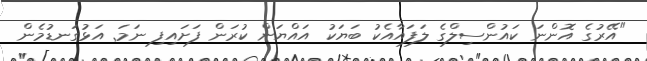
"އޭރުގެ އޮންނަ ކައުންސިލްގެ ލަފައާއެކު ބަޔަކު އައްޔަން ކުރަން ފަށައިފި ނަމަ